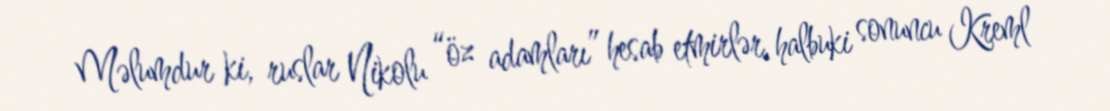
Məlumdur ki, ruslar Nikolu “öz adamları” hesab etmirlər, halbuki sonuncu Kreml